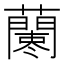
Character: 𧃁